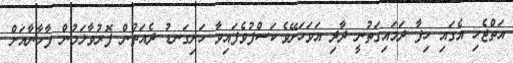
އަތްޖެހި އެގައި ހިފާ ދަމައިގަތުނީ ދާދި އަވަހަށޭވެ.ކަސްފުވެފައިވާ ހަށިގަނޑު ދެއަތުން ފޮރުވާލަމުން ފާހާނާއަށްް